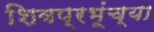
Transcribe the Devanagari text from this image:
शिवप्रभूंच्या